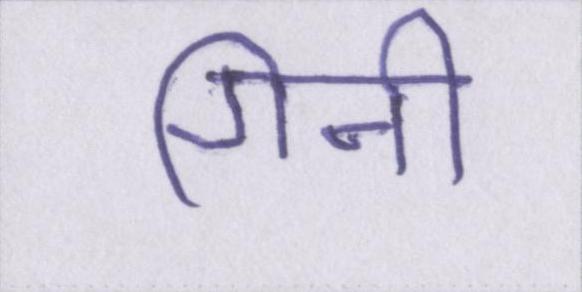
गिनी